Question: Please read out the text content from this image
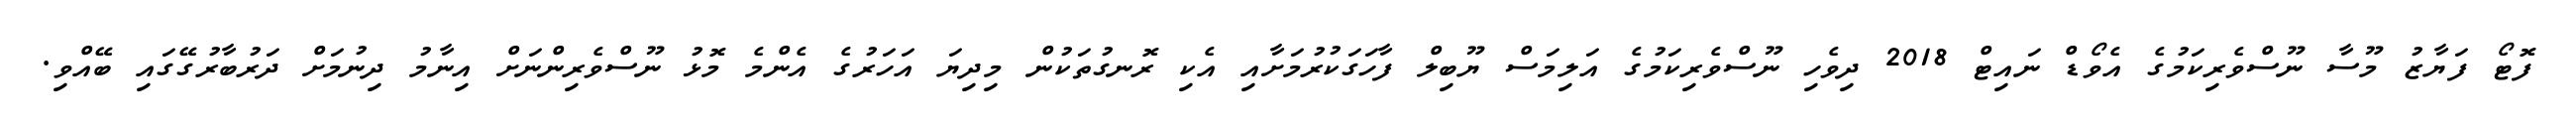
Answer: ފޮޓޯ ފަޔާޒު މޫސާ ނޫސްވެރިކަމުގެ އެވޯޑް ނައިޓް 2018 ދިވެހި ނޫސްވެރިކަމުގެ އަލިމަސް ޔޫބިލް ފާހަގަކުރުމަށާއި އެކި ރޮނގުތަކުން މިދިޔަ އަހަރުގެ އެންމެ މޮޅު ނޫސްވެރިންނަށް އިނާމު ދިނުމަށް ދަރުބާރުގޭގައި ބޭއްވި.